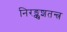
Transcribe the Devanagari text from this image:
निरङ्कुशतन्त्र